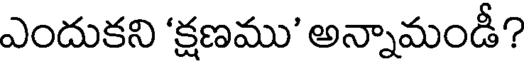
ఎందుకని 'క్షణము' అన్నామండీ?